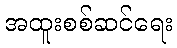
အထူးစစ်ဆင်ရေး